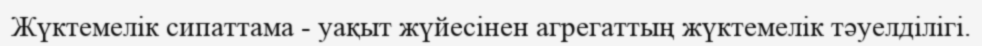
Жүктемелік сипаттама - уақыт жүйесінен агрегаттың жүктемелік тәуелділігі.